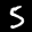
Label: 5